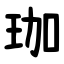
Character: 珈